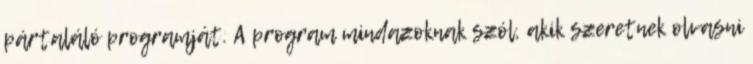
pártaláló programját. A program mindazoknak szól, akik szeretnek olvasni